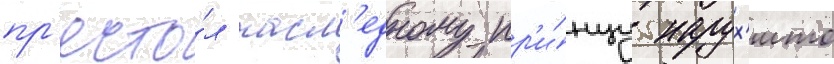
пр'есто́л насл'едному пр'и́нцу нарух'ито